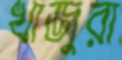
খাজুরা